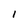
Character: 1